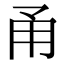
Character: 甬